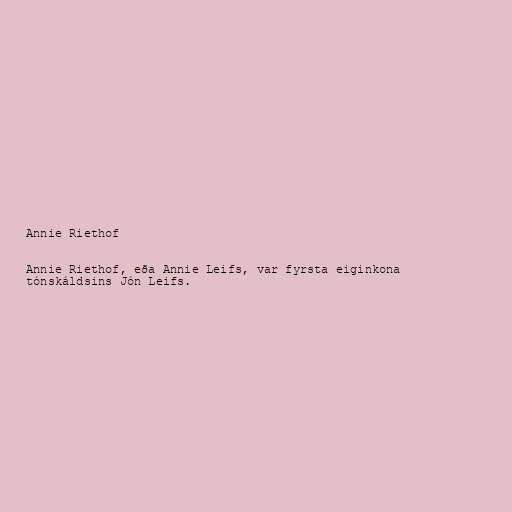
Annie Riethof

Annie Riethof, eða Annie Leifs, var fyrsta eiginkona
tónskáldsins Jón Leifs.